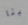
ثيتا